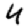
Digit: 4